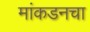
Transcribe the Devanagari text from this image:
मांकडनचा